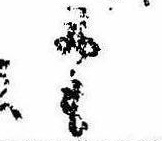
にも